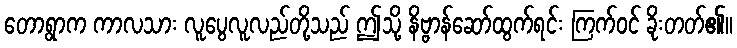
တောရွာက ကာလသား လူပွေလူလည်တို့သည် ဤသို့ နိဗ္ဗာန်ဆော်ထွက်ရင်း ကြက်ဝင် ခိုးတတ်၏။